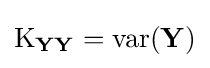
\operatorname {K} _{\mathbf {YY} }=\operatorname {var} (\mathbf {Y} )